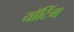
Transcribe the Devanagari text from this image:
यॉटिंग